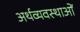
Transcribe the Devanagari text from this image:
अर्थव्यवस्थाआें